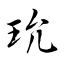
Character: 玧